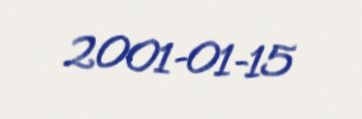
2001-01-15